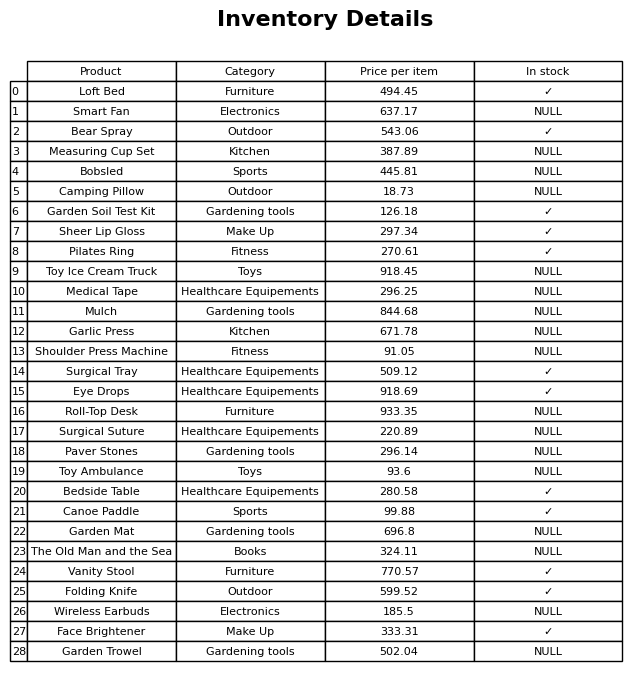
question: What is the stock status of the Folding Knife?
answer: ✓